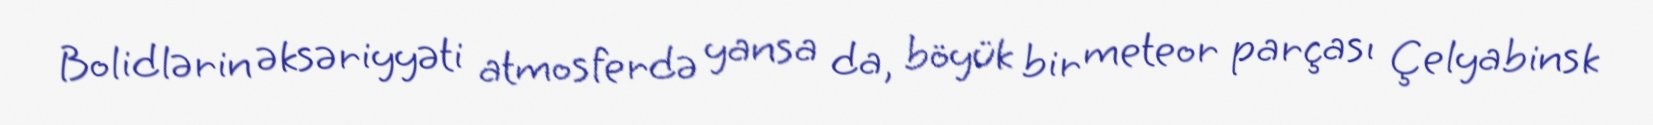
Bolidlərin əksəriyyəti atmosferdə yansa da, böyük bir meteor parçası Çelyabinsk